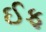
ઈફ